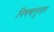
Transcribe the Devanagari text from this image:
निषषानुसार